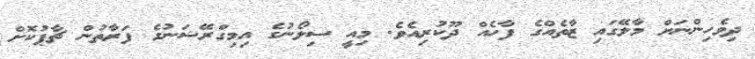
ދިވެހިންނަށް މާލޭގައި ޒާތެއްގެ ފާހެއް ދޫކުރިއެވެ. މިއީ ސިލޯނުގެ އިމިގްރޭޝަނުގެ ފަރާތުން ޗާޕުކޮށް